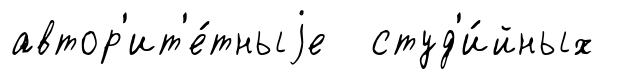
автор'ит'е́тныjе студ'и́йных